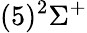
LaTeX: (5)^{2}\Sigma^{+}